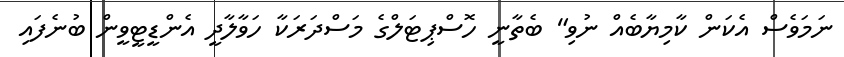
ނަމަވެސް އެކަން ކާމިޔާބެއް ނުވި" ބެތާނީ ހޮސްޕިޓަލްގެ މަސްދަރަކާ ހަވާލާދީ އެންޑީޓީވީން ބުނެފައި